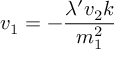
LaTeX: v _ { 1 } = - { \frac { \lambda ^ { \prime } v _ { 2 } k } { m _ { 1 } ^ { 2 } } }